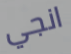
انجي